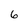
Character: 6